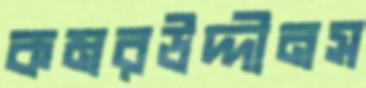
কমরউদ্দীনস